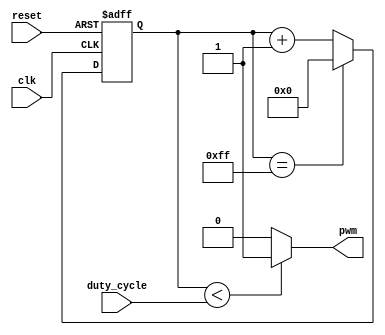
module pwm_generator (
    input wire clk,
    input wire reset,
    input wire [7:0] duty_cycle,
    output reg pwm
);

reg [7:0] counter;

always @(posedge clk or posedge reset) begin
    if (reset) begin
        counter <= 8'd0;
    end else begin
        if (counter == 8'd255) begin
            counter <= 8'd0;
        end else begin
            counter <= counter + 8'd1;
        end
    end
end

always @(*) begin
    if (counter < duty_cycle) begin
        pwm <= 1'b1;
    end else begin
        pwm <= 1'b0;
    end
end

endmodule